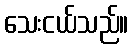
သေးငယ်သည်။